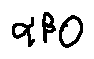
\alpha \beta 0